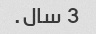
3 سال.